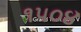
૧૫૦૪